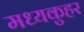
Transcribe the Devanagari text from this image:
मध्यकुहर